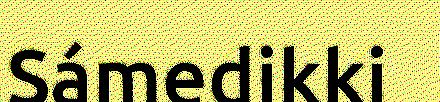
Sámedikki